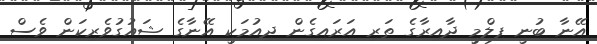
އޭނާ ބުނީ ފިލްމީ ދާއިރާގެ ތަރި އަރައިގެން ދިއުމަކީ އޭނާގެ ޝައުގުވެރިކަން ވެސް